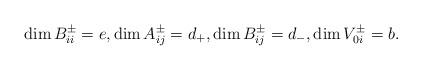
LaTeX: \begin{align*}\dim B_{ii}^\pm=e,\dim A_{ij}^\pm=d_+,\dim B_{ij}^\pm=d_-,\dim V_{0i}^\pm=b.\end{align*}